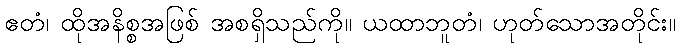
ဧတံ၊ ထိုအနိစ္စအဖြစ် အစရှိသည်ကို။ ယထာဘူတံ၊ ဟုတ်သောအတိုင်း။